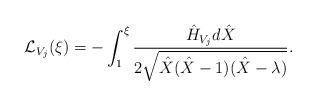
LaTeX: \begin{align*}\mathcal{L}_{V_j}(\xi) =-\int_{1}^{\xi}\frac{\hat{H}_{V_j}d\hat{X}}{2\sqrt{\hat{X}(\hat{X} - 1)(\hat{X} - \lambda)}}.\end{align*}